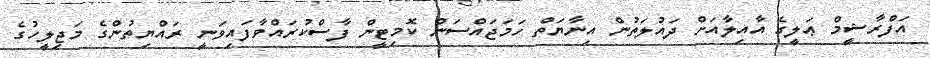
އަފްރާޝީމް ޢަލީގެ އާއިލާއަށް ދައުލަތުން އިނާޔަތް ހަމަޖައްސަން ކޮމިޓީން ފާސްކުރައްވާފައިވަނީ ރައްޔިތުންގެ މަޖިލީހުގެ